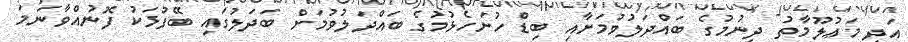
އަދި މަޢުލޫމާތު ދިނުމުގެ ބައްދަލުވުމަށާއި ބިޑް ހުށަހެޅުމުގެ ބައްދަލުވުމަށް ބަދަލުގައި ބޭފުޅަކު ފޮނުއްވާނަމަ